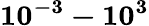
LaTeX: \mathbf{10^{-3}-10^{3}}